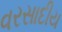
વરસાદીય